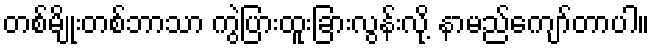
တစ်မျိုးတစ်ဘာသာ ကွဲပြားထူးခြားလွန်းလို့ နာမည်ကျော်တာပါ။